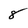
Character: 8